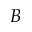
B